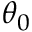
\theta _ { 0 }